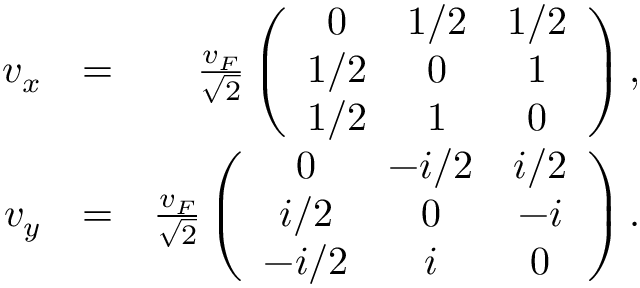
\begin{array} { r l r } { v _ { x } } & { = } & { \frac { v _ { F } } { \sqrt { 2 } } \left( \begin{array} { c c c } { 0 } & { 1 / 2 } & { 1 / 2 } \\ { 1 / 2 } & { 0 } & { 1 } \\ { 1 / 2 } & { 1 } & { 0 } \end{array} \right) , } \\ { v _ { y } } & { = } & { \frac { v _ { F } } { \sqrt { 2 } } \left( \begin{array} { c c c } { 0 } & { - i / 2 } & { i / 2 } \\ { i / 2 } & { 0 } & { - i } \\ { - i / 2 } & { i } & { 0 } \end{array} \right) . } \end{array}